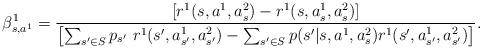
LaTeX: \begin{align*}\beta_{s,a^1}^1=\frac{\left[r^1(s,a^1,a_s^2)-r^1(s,a_s^1,a_s^2)\right]}{\left[\sum_{s'\in S} p_{s'} \ r^1(s',a_{s'}^1,a_{s'}^2)-\sum_{s'\in S}p(s'|s,a^1,a_s^2)r^1(s',a_{s'}^1,a_{s'}^2)\right]}.\end{align*}